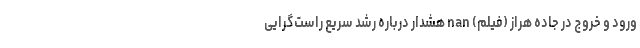
ورود و خروج در جاده هراز (فیلم) nan هشدار درباره رشد سریع راست‌گرایی